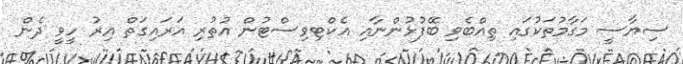
ސިޔާސީ މަގާމުތަކުގައި ތިއްބެވި ބޭފުޅުންނާއި އެކްޓިވިސްޓުން އުތުރި އަރައިގަތް އިރު ހީވީ ދެން